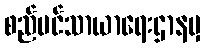
စည်ပင်သာယာရေးဌာနမှ